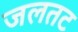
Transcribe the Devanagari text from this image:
जलतट